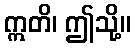
ဣတိ၊ ဤသို့။